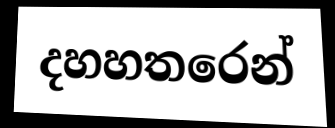
දහහතරෙන්